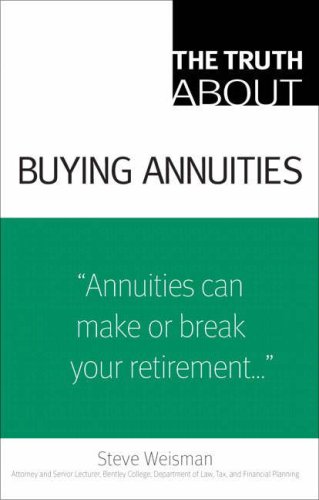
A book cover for The Truth About Buying Annuities; Steve Weisman; Business & Money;